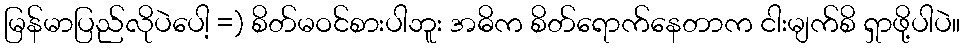
မြန်မာပြည်လိုပဲပေါ့ =) စိတ်မဝင်စားပါဘူး အဓိက စိတ်ရောက်နေတာက ငါးမျက်စိ ရှာဖို့ပါပဲ။